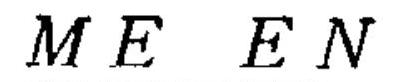
$M E\ E N$